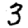
Digit: 3